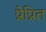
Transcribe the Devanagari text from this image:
प्रेप्रित